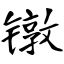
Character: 镦